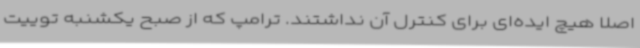
اصلا هیچ ایده‌ای برای کنترل آن نداشتند. ترامپ که از صبح یکشنبه توییت